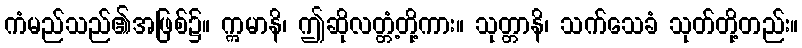
ကံမည်သည်၏အဖြစ်၌။ ဣမာနိ၊ ဤဆိုလတ္တံ့တို့ကား။ သုတ္တာနိ၊ သက်သေခံ သုတ်တို့တည်း။